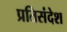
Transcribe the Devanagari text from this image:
प्रतिसंदेश